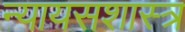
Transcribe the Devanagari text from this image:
न्यायसशास्त्र